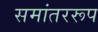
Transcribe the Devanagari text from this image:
समांतररूप